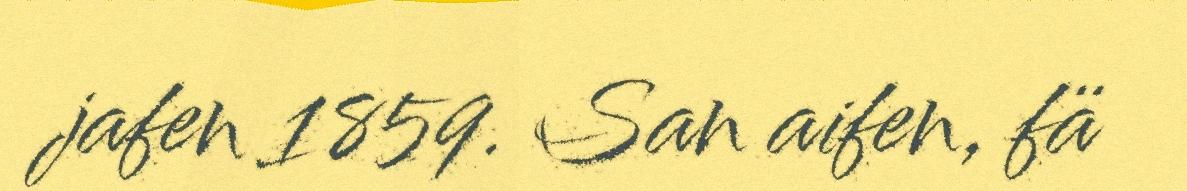
jafen 1859. San aifen, fä